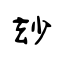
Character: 玅